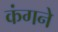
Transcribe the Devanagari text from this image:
कंगने